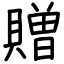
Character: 贈